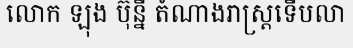
លោក ឡុង ប៊ុន្នី តំណាងរាស្ត្រទើបលា